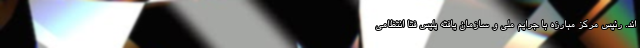
اند. رئیس مرکز مبارزه با جرایم ملی و سازمان یافته پلیس فتا انتظامی